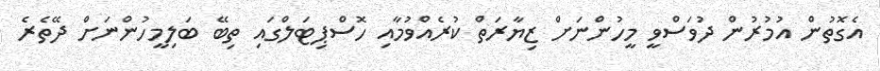
އެގޮތުން އުމުރުން ދުވަސްވީ މީހުންނަށް ޒިޔާރަތް ކުރެއްވުމާއި ހޮސްޕިޓަލްގައި ތިބޭ ބަލިމީހުންނަށް ދޭތެރެ